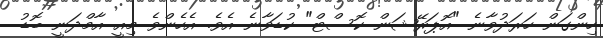
ހިންގަން ހަރަދުވާނެ "އޮޕަރޭޝަން ކޮސްޓް" ކުޑަވާނެ އެވެ. އެހެންވެ މިއީ އާމްދަނީ ބޮޑު